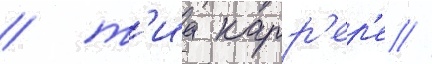
/ т'иа карр'ер'е /